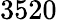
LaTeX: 3520